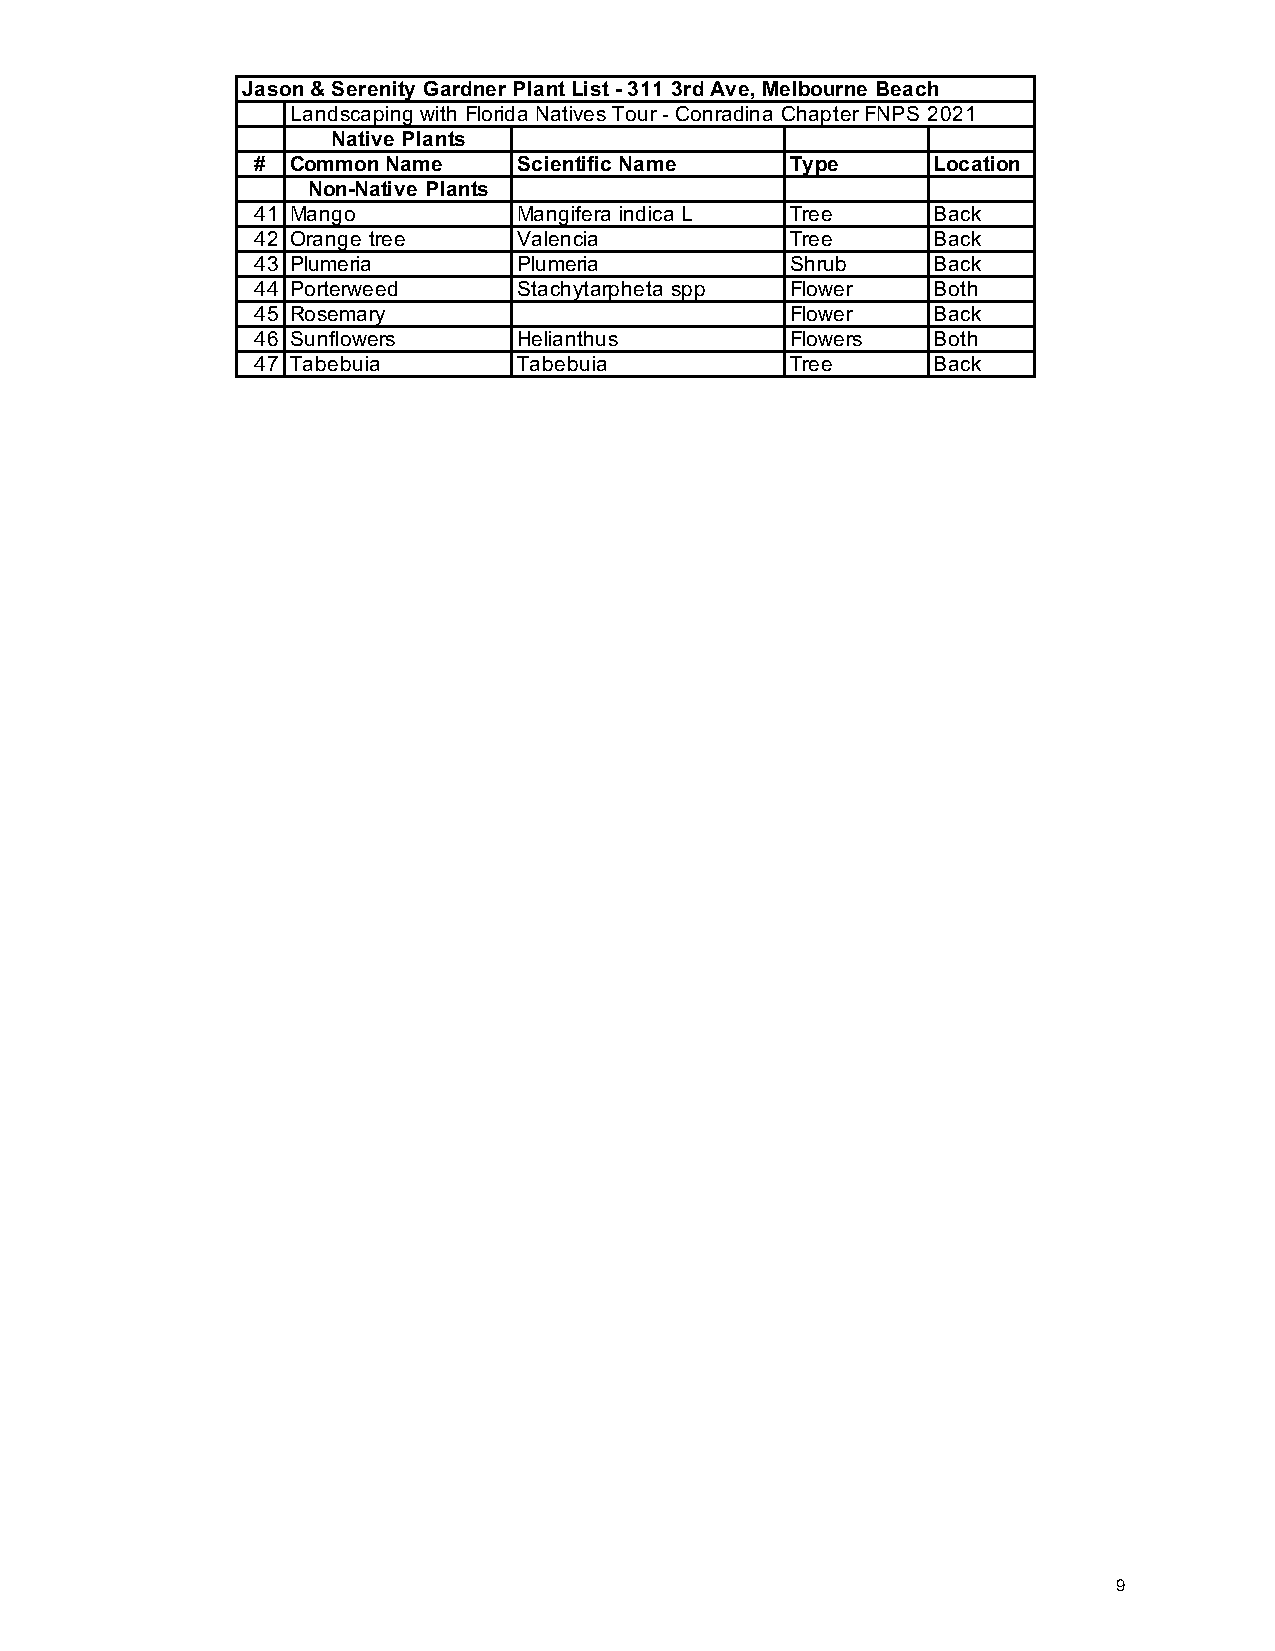
Jason & Serenity Gardner Plant List - 311 3rd Ave, Melbourne Beach
 Landscaping with Florida Natives Tour - Conradina Chapter FNPS 2021
 Native Plants
 # Common Name    Scientific Name   Type      Location
 Non-Native Plants
 41 Mango         Mangifera indica L Tree     Back
 42 Orange tree   Valencia          Tree      Back
 43 Plumeria      Plumeria          Shrub     Back
 44 Porterweed    Stachytarpheta spp Flower   Both
 45 Rosemary                        Flower    Back
 46 Sunflowers    Helianthus        Flowers   Both
 47 Tabebuia      Tabebuia          Tree      Back
 9